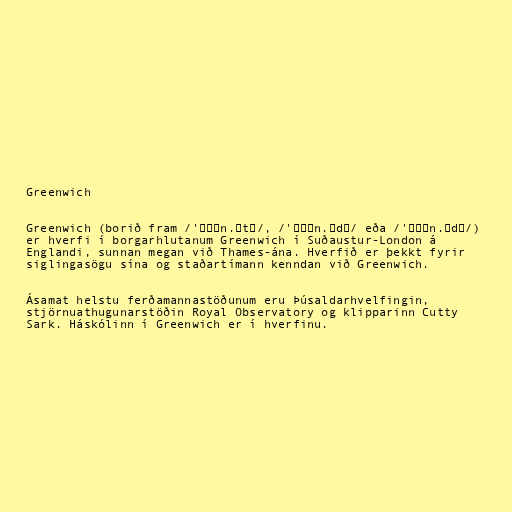
Greenwich

Greenwich (borið fram /'ɡɹɛn.ɪtʃ/, /'ɡɹɪn.ɪdʒ/ eða /'ɡɹɛn.ɪdʒ/)
er hverfi í borgarhlutanum Greenwich í Suðaustur-London á
Englandi, sunnan megan við Thames-ána. Hverfið er þekkt fyrir
siglingasögu sína og staðartímann kenndan við Greenwich.

Ásamat helstu ferðamannastöðunum eru Þúsaldarhvelfingin,
stjörnuathugunarstöðin Royal Observatory og klipparinn Cutty
Sark. Háskólinn í Greenwich er í hverfinu.